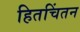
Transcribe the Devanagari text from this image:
हितचिंतन